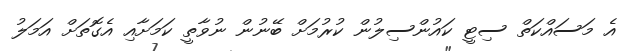
އެ މަސައްކަތް ސިޓީ ކައުންސިލުން ކުރުމަށް ބޭނުން ނުވާތީ ކަމަށާއި އެގޮތަށް އަމަލު